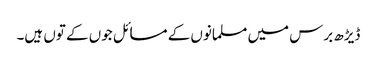
ڈیڑھ برس میں مسلمانوں کے مسائل جوں کے توں ہیں۔